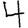
Digit: 4